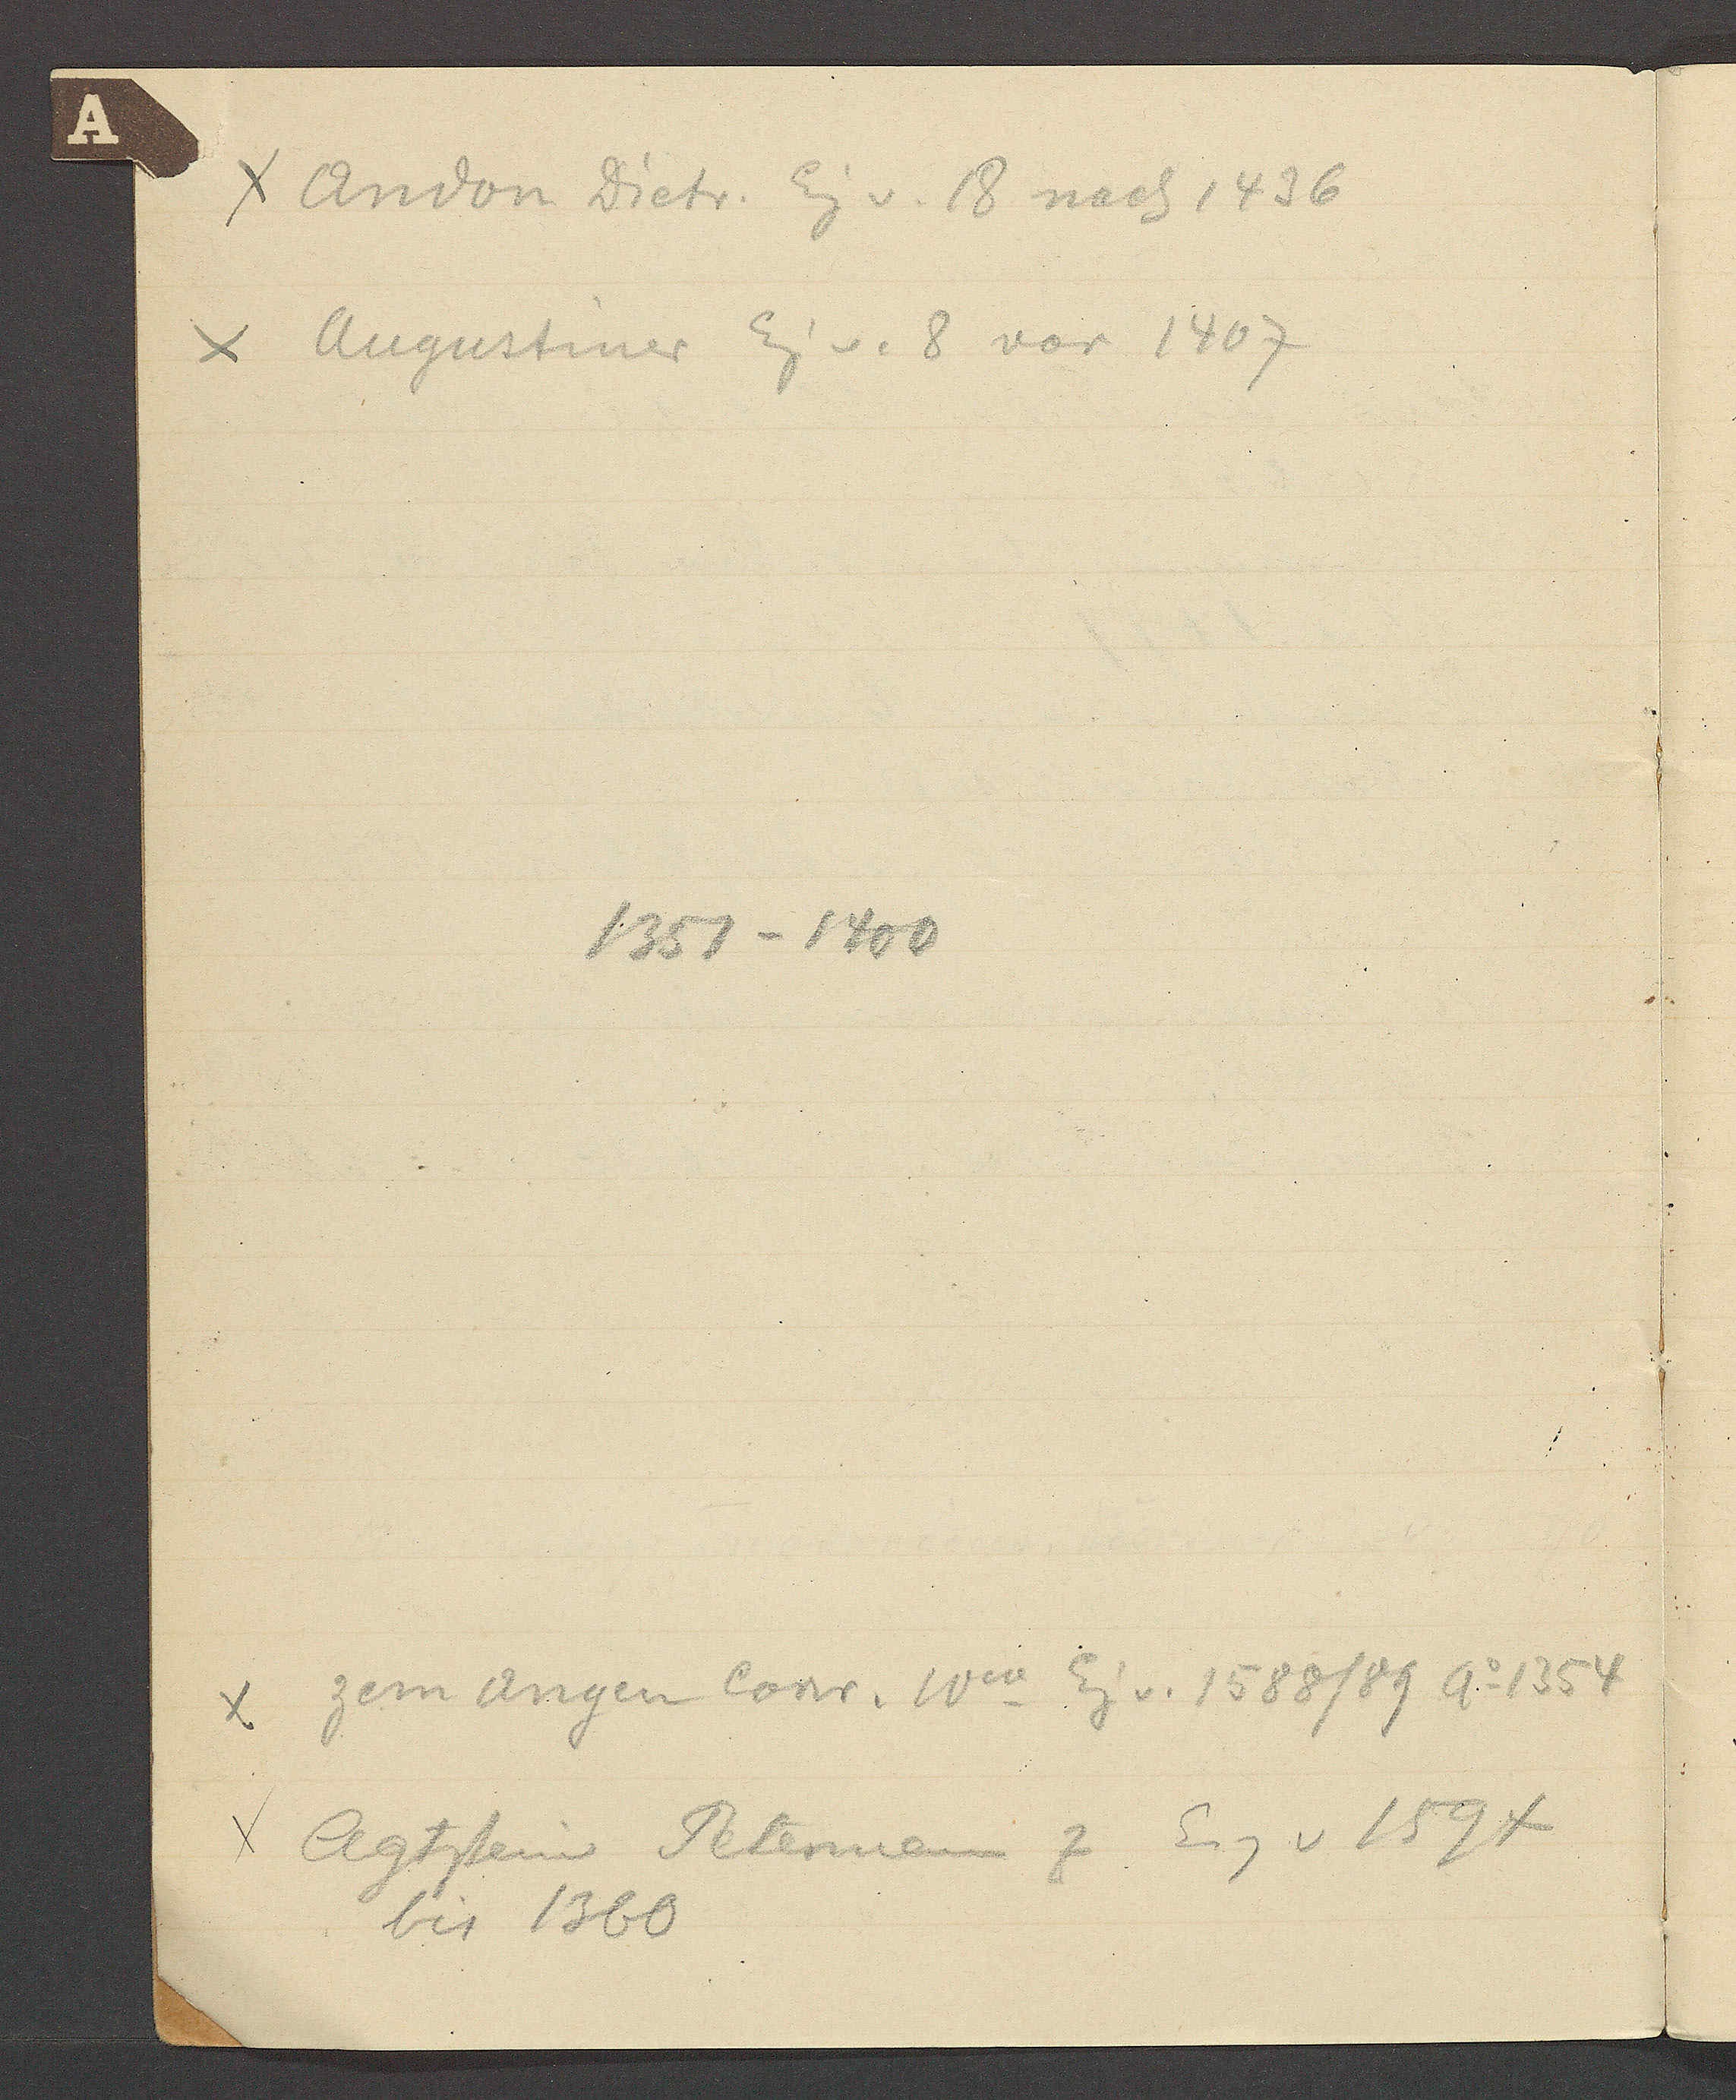
Transcript:
Andon Dietr. Eig v. 18 nach 1436
Angustiner Eig v. 8 vor 1407
1351 – 1400
Zem Angen Conr. Ww Eig v. 1588 / 89 Ao 1354
Agtsteiner Petermann z Eig v 1594
bis 1360